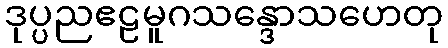
ဒုပ္ပညဧဠမူဂသန္ဒောသဟေတု